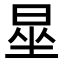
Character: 𪰦